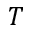
T